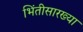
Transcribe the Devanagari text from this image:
भिंतीसारख्या